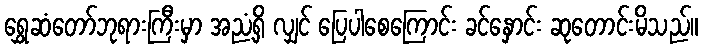
ရွှေဆံတော်ဘုရားကြီးမှာ အညံ့ရှိ လျှင် ပြေပါစေကြောင်း ခင်နှောင်း ဆုတောင်းမိသည်။